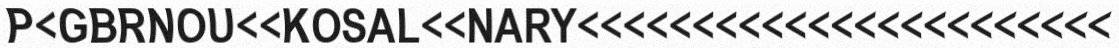
P<GBRNOU<<KOSAL<<NARY<<<<<<<<<<<<<<<<<<<<<<<